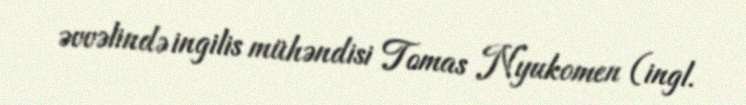
əvvəlində ingilis mühəndisi Tomas Nyukomen (ingl.